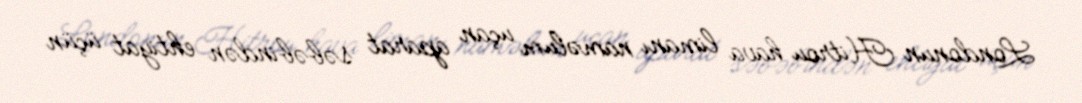
Londonun Hitrou hava limanı naməlum uçan aparat səbəbindən ehtiyat üçün